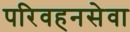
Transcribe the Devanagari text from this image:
परिवहनसेवा